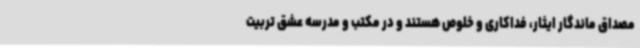
مصداق ماندگار ایثار، فداکاری و خلوص هستند و در مکتب و مدرسه عشق تربیت